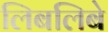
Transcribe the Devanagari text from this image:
लिबलिबे